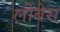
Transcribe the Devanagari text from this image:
लीबेस